NAE_EAOK_eestikeelsed_sunnimeetrikad, lk 26
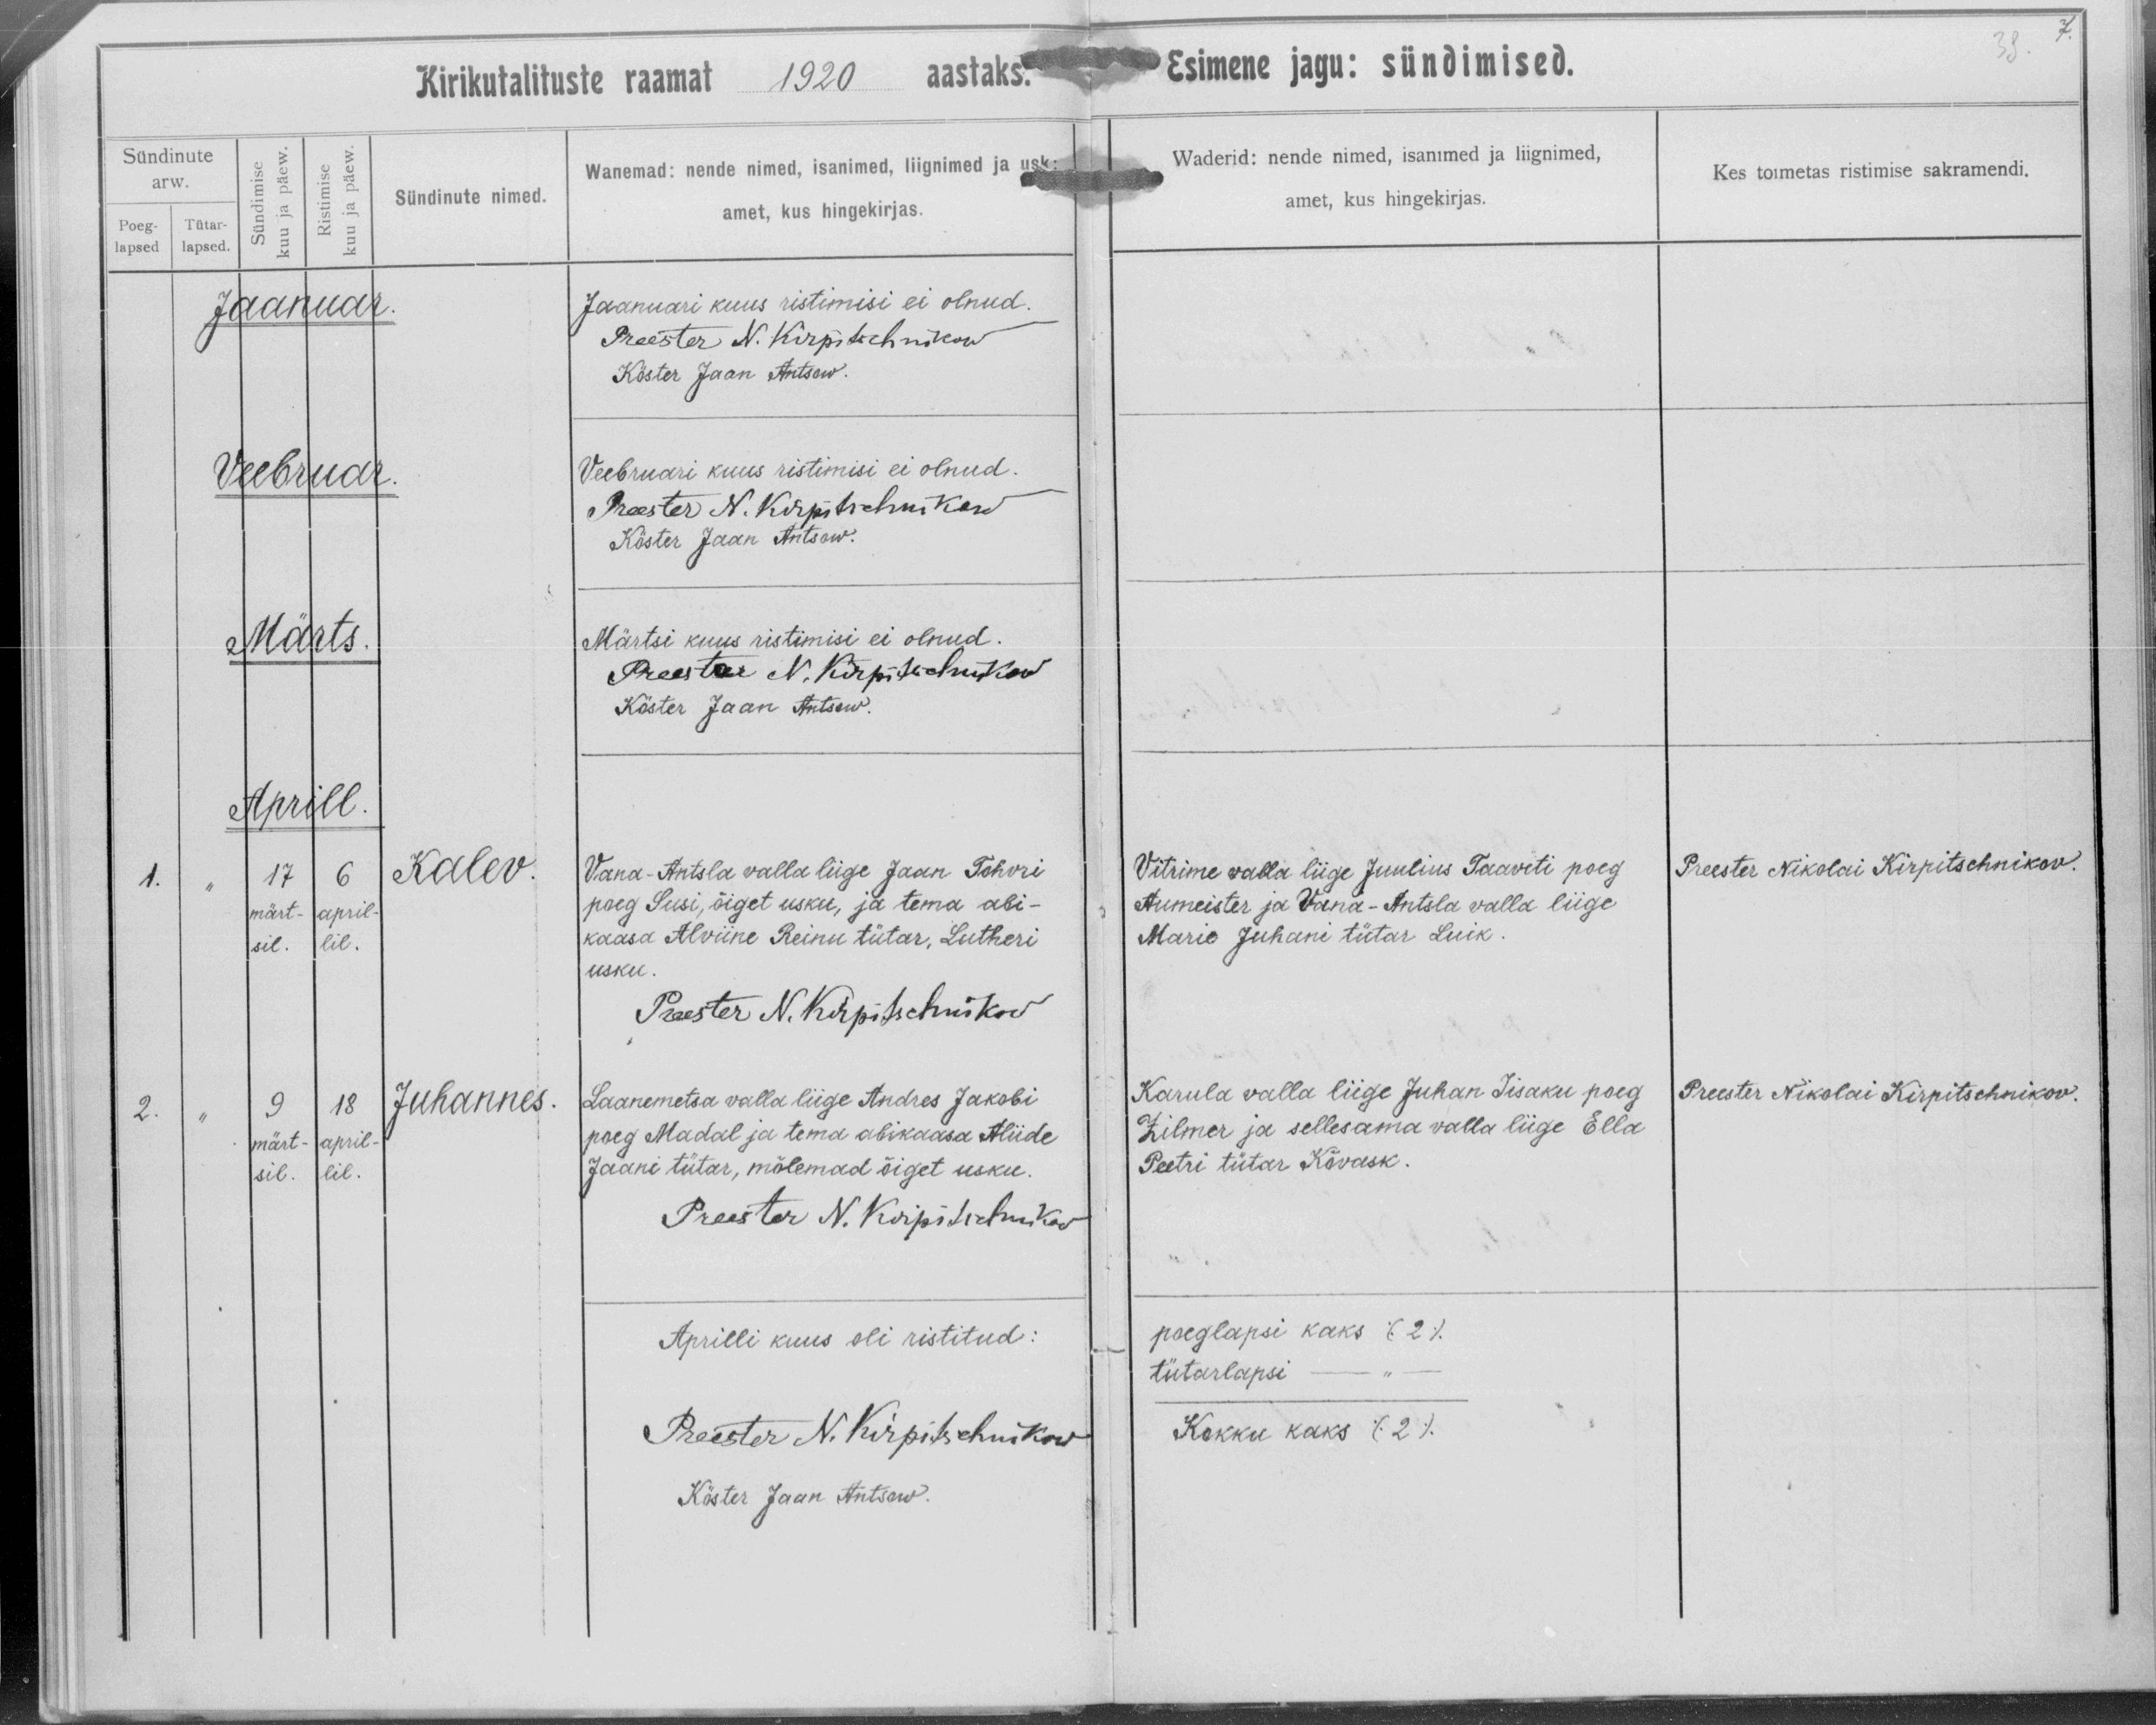
Kalev.

Juhannes

Vana-Antsla valla liige Jaan Tohvri
poeg Susi, õiget usku, ja tema abi-
kaasa Alviine Reinu tütar, Lutheri
usku.

Laanemetsa valla liige Andres Jakobi
poeg Madal ja tema abikaasa Aliide
Jaani tütar, mülemad õiget usku.